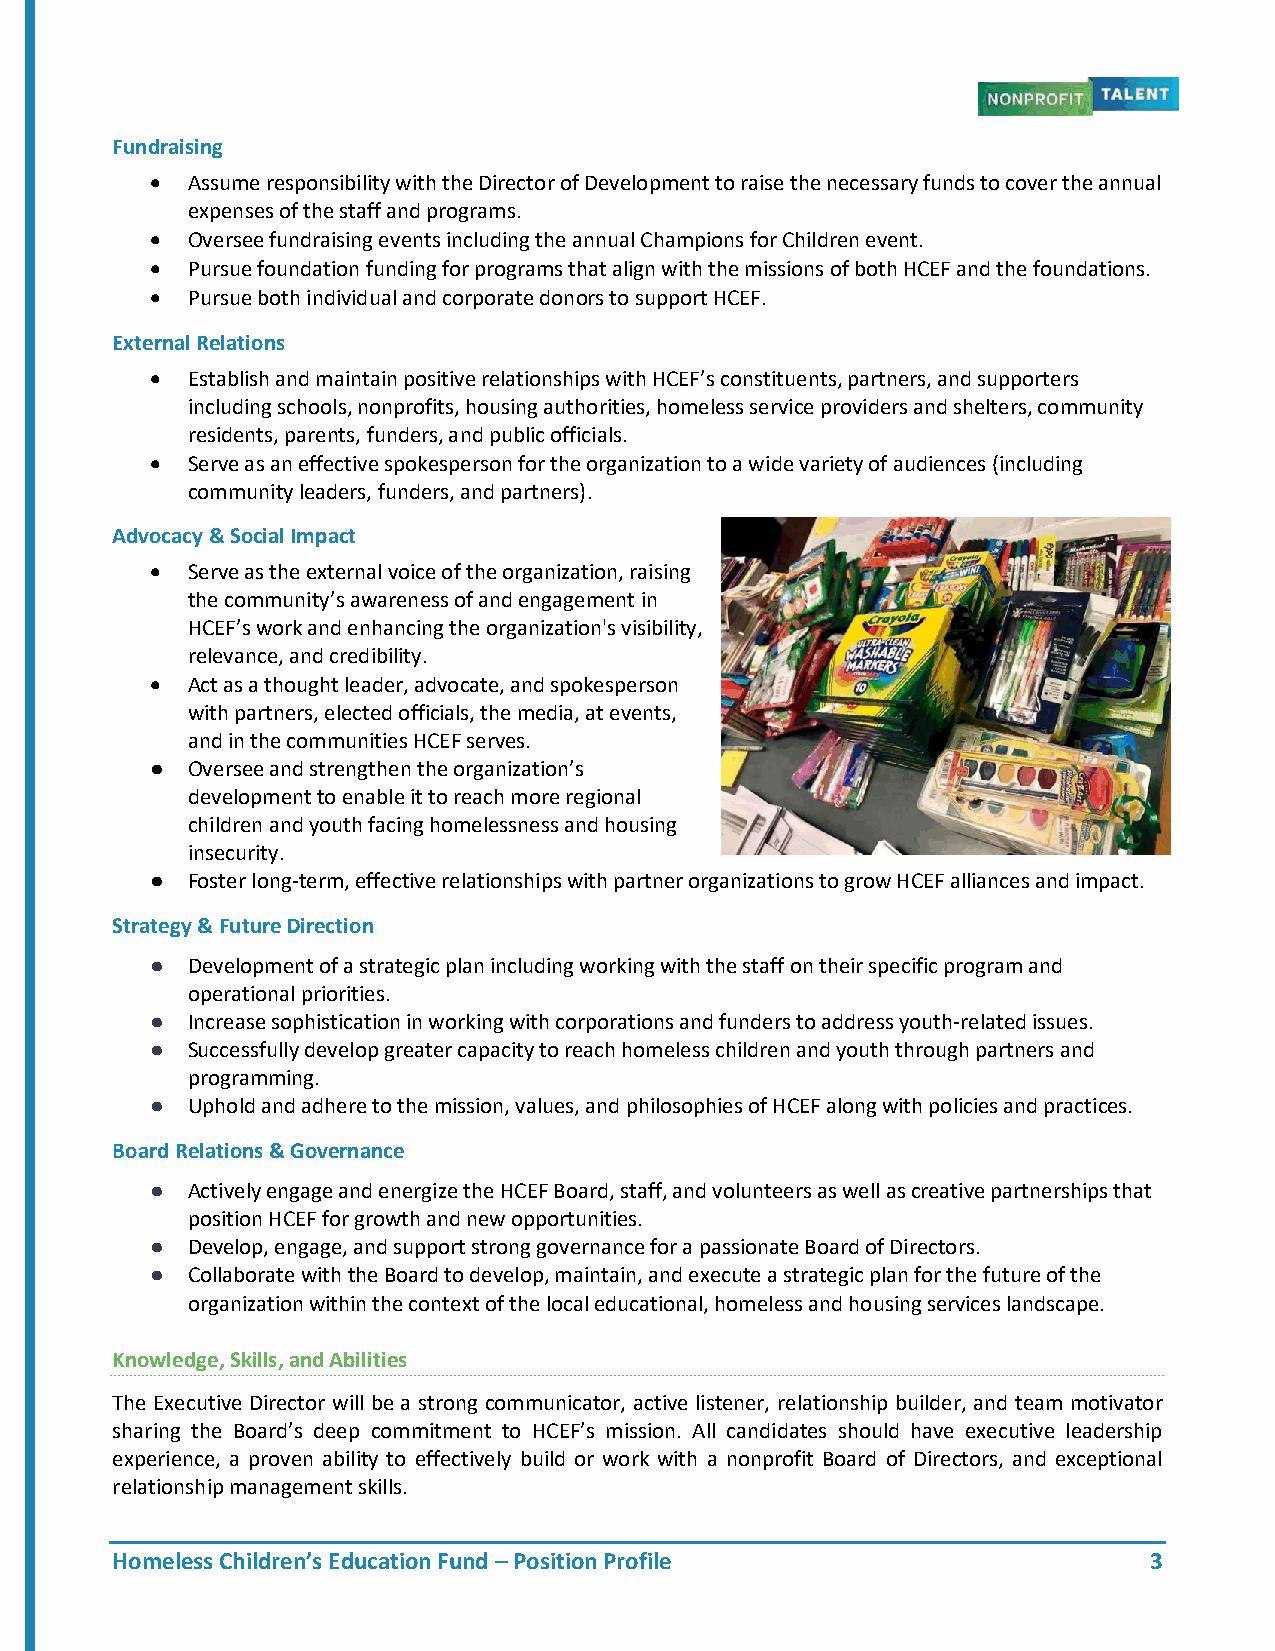
Fundraising
  Assume responsibility with the Director of Development to raise the necessary funds to cover the annual
 expenses of the staff and programs.
  Oversee fundraising events including the annual Champions for Children event.
  Pursue foundation funding for programs that align with the missions of both HCEF and the foundations.
  Pursue both individual and corporate donors to support HCEF.
 External Relations
  Establish and maintain positive relationships with HCEF’s constituents, partners, and supporters
 including schools, nonprofits, housing authorities, homeless service providers and shelters, community
 residents, parents, funders, and public officials.
  Serve as an effective spokesperson for the organization to a wide variety of audiences (including
 community leaders, funders, and partners).
 Advocacy & Social Impact
  Serve as the external voice of the organization, raising
 the community’s awareness of and engagement in
 HCEF’s work and enhancing the organization's visibility,
 relevance, and credibility.
  Act as a thought leader, advocate, and spokesperson
 with partners, elected officials, the media, at events,
 and in the communities HCEF serves.
 ● Oversee and strengthen the organization’s
 development to enable it to reach more regional
 children and youth facing homelessness and housing
 insecurity.
 ● Foster long-term, effective relationships with partner organizations to grow HCEF alliances and impact.
 Strategy & Future Direction
 ● Development of a strategic plan including working with the staff on their specific program and
 operational priorities.
 ● Increase sophistication in working with corporations and funders to address youth-related issues.
 ● Successfully develop greater capacity to reach homeless children and youth through partners and
 programming.
 ● Uphold and adhere to the mission, values, and philosophies of HCEF along with policies and practices.
 Board Relations & Governance
 ● Actively engage and energize the HCEF Board, staff, and volunteers as well as creative partnerships that
 position HCEF for growth and new opportunities.
 ● Develop, engage, and support strong governance for a passionate Board of Directors.
 ● Collaborate with the Board to develop, maintain, and execute a strategic plan for the future of the
 organization within the context of the local educational, homeless and housing services landscape.
 Knowledge, Skills, and Abilities
 The Executive Director will be a strong communicator, active listener, relationship builder, and team motivator
 sharing the Board’s deep commitment to HCEF’s mission. All candidates should have executive leadership
 experience, a proven ability to effectively build or work with a nonprofit Board of Directors, and exceptional
 relationship management skills.
 Homeless Children’s Education Fund – Position Profile                3